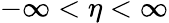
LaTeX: -\infty<\eta<\infty